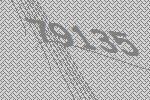
79135